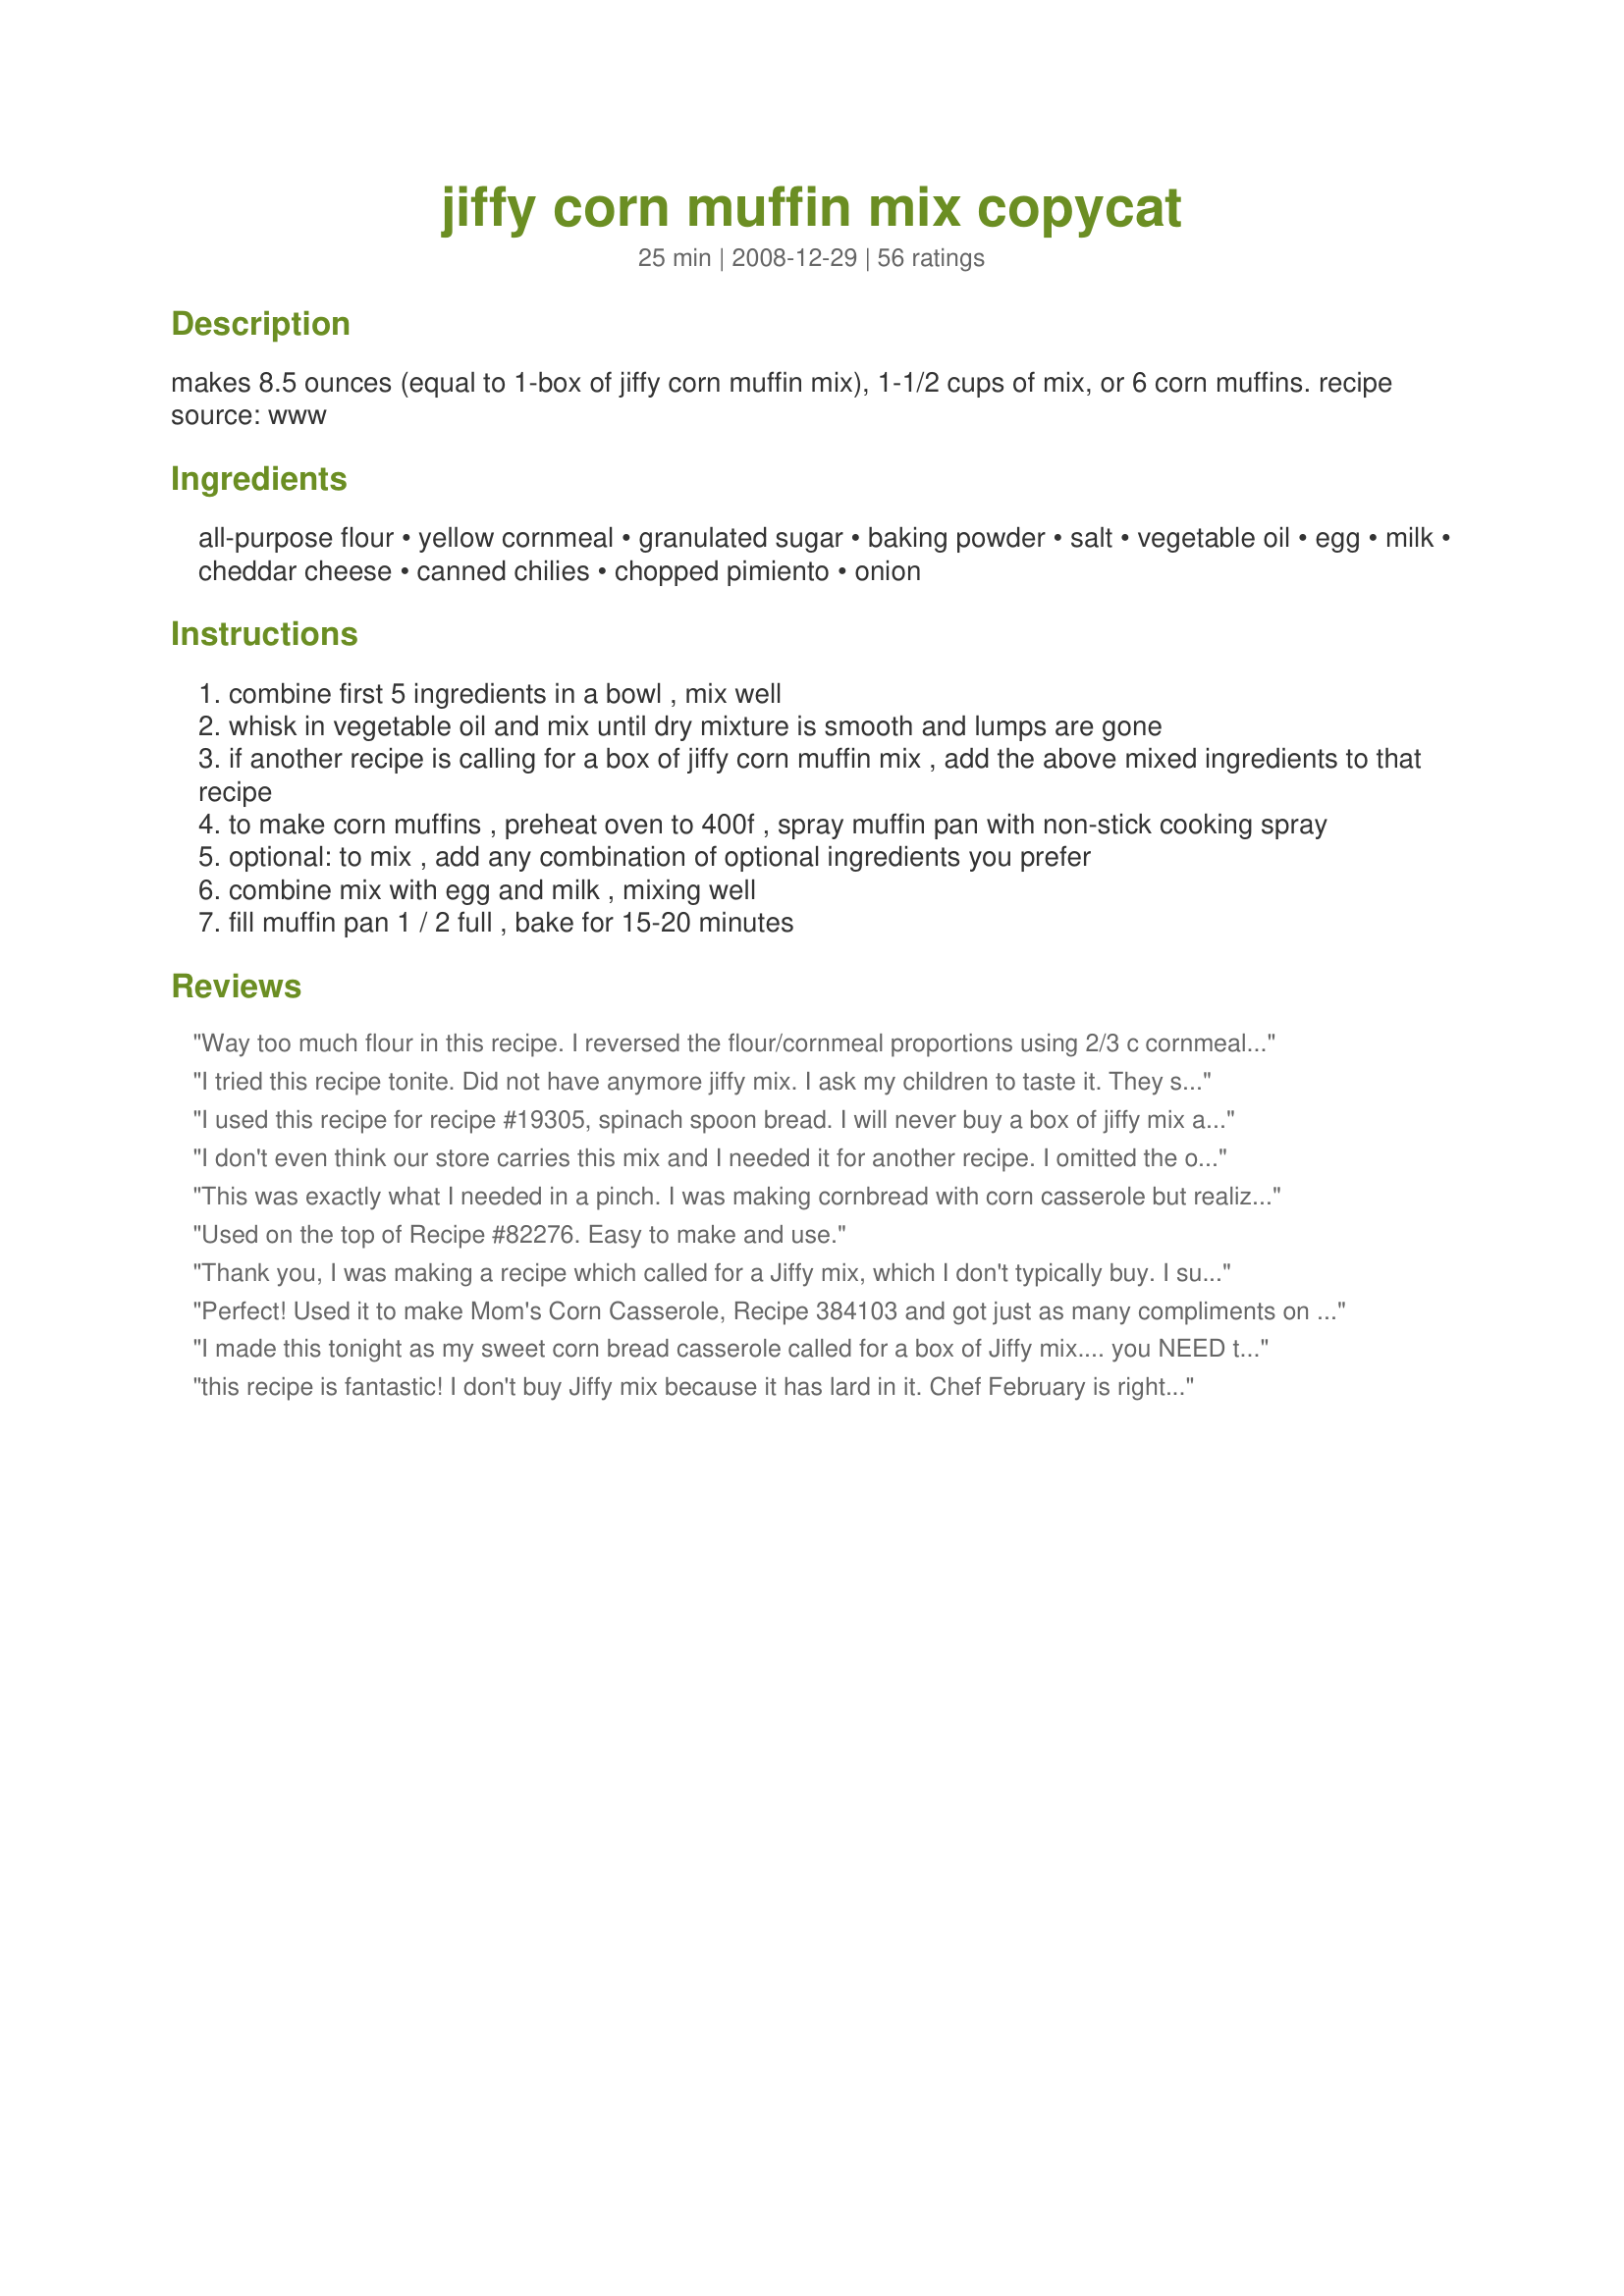
jiffy corn muffin mix copycat
Preparation time: 25 minutes

makes 8.5 ounces (equal to 1-box of jiffy corn muffin mix), 1-1/2 cups of mix, or 6 corn muffins.
recipe source: www

Ingredients:
all-purpose flour, yellow cornmeal, granulated sugar, baking powder, salt, vegetable oil, egg, milk, cheddar cheese, canned chilies, chopped pimiento, onion

Steps:
combine first 5 ingredients in a bowl , mix well
whisk in vegetable oil and mix until dry mixture is smooth and lumps are gone
if another recipe is calling for a box of jiffy corn muffin mix , add the above mixed ingredients to that recipe
to make corn muffins , preheat oven to 400f , spray muffin pan with non-stick cooking spray
optional: to mix , add any combination of optional ingredients you prefer
combine mix with egg and milk , mixing well
fill muffin pan 1 / 2 full , bake for 15-20 minutes

Reviews:
Way too much flour in this recipe. I reversed the flour/cornmeal proportions using 2/3 c cornmeal and scant 1/2 c AP flour. Next time I'm going to bump the cornmeal up 1 cup and drop the AP flour back 1/4 cup and see if that makes it into Jiffy nirvana. This time was REALLY close. I increased the sugar to 4 T (1/4 cup) and added a little extra milk to thin the batter. Having a Southern cook for a mother I know to always start my pan in a cold oven with 1-2 T butter and melt the butter in the pan while the oven is preheating. Take your baking pan out as soon as the butter is melted or it will burn. Pour your Jiffy mix into the melted butter and bake in oven as usual. The butter makes for extra brown bottoms that taste heavenly. It also helps with complaints of dryness. This recipe was a place to start but it needed more help.
I tried this recipe tonite. Did not have anymore jiffy mix. I ask my children to taste it. They said wow what brand you use because you need to get this more offend. I laugh and told them I use this recipe. They said it was awesome. And that it taste better than jiffy mix. So now I got to make another Pan. Lol! Thanks Najwa!
I used this recipe for recipe #19305, spinach spoon bread. I will never buy a box of jiffy mix again! I did cut back the sugar to 2T but it still seemed too sweet so next time I'll use only 1T. Now I want to make some muffins! Thanks
I don't even think our store carries this mix and I needed it for another recipe. I omitted the oil since I was not making muffins.
Worked great . Thanks for posting
This was exactly what I needed in a pinch. I was making cornbread with corn casserole but realized I didn&#039;t have a box of jiffy mix. Thank you
Used on the top of Recipe #82276. Easy to make and use.
Thank you, I was making a recipe which called for a Jiffy mix, which I don't typically buy. I substituted your recipe and it turned out perfectly.
Perfect! Used it to make Mom's Corn Casserole, Recipe 384103 and got just as many compliments on it as I do when I make it with Jiffy. Can't wait to try it out making actual corn muffins. Thanks for sharing!!
I made this tonight as my sweet corn bread casserole called for a box of Jiffy mix.... you NEED to add the 2 TB of oil even if you are not making muffins ... the oil gives the Jiffy mix its soft texture... it is not oily, trust me on this. I rate it 5 stars it came out perfect!
this recipe is fantastic! I don't buy Jiffy mix because it has lard in it. Chef February is right! Be sure to add the oil no matter what your making
This copycat was right on! Even as inexpensive as Jiffy is, this is even more economical! I'll be making dry batches to store in the pantry for even more ease! Thanks for posting!!!
Tried this twice now and the first time it was way too dry and crumbly making it as is. This time I tripled the recipe to cook in my cast iron skillet. The mix seemed dry so I added an additional 1/2 cup milk which seemed to help but it was still pretty crumbly when it finished after 22 minutes. It is almost like Jiffy Mix but I think I'll add an extra egg next time I triple it. I prefer a moister cornbread and I think that adjustment will do it. Even as it turned out this time, my son & I enjoyed it with lots of butter to combat the dryness and crumbliness. Perhaps next time I can say it's a five star recipe. As is would be great with chili or something cooked with it. Thanks for a basic start that I can make work for us!
I found this recipe after my grandma gave me a ten pound bag of cornmeal. I am so thankful, this is wonderful. It's great with chili or soul food. I made a great mistake with regular Jiffy that I do with this now. I double the milk and it's not so dry, more moist. This is a definite keeper.
Works as advertised as a substitute for the box mix. I made a double batch to make a double batch of Recipe #337974 and it worked as good if not better. In fact I printed this recipe on the back of the other just so I would have it handy just in case I need it.
Fabulous 5 minute recipe! No need for the box!
I needed a box of Jiffy to use in Recipe #343195. This worked out great! I loved how tender it was and it didn't have a "packaged" flavor. I will definitely use this again. Thanks najwa, for another terrific recipe.
Roxygirl
It was extremely dry and still lacked the flavor. The 3rd time I made it (just in case I missed something I always try a recipe 2 times) I did 1/2 cup milk, 1/2 and 1/3 cup of corn meal (yellow) and 1/3 cup of flour, added more salt (totaling 1 tsp) and for good measure about 4.5 tbs sugar. This recipe made me think of the sweet, cornbreadish recipe I love from Jiffy! The recipe calls for way more flour than cornmeal (taste wise) not recipe wise.
Perfect!
Thanks to My-3-Chefs June 2012 I picked this recipe to try.<br/><br/>This was a nice corn muffin mix. For us we felt it needed something to it. On my second attemp on this recipe I chose to add maple syrup which made out turn our better.
I have been using this for a time now and love it. I found that it fits in a mason jar, I do not add the oil if I am going to be putting it in back stock. Now that it is winter I will be making up some to put in my back stock, to have to make with Chili and Navy Bean soup.
Excellent! 5 star rating from me! I don't know if this recipe yields 6 LARGE muffins, but a box of Jiffy very generally yields 12 regular sized muffins for my aunt. I rarely use Jiffy mix, but I will use this copycat when my brother visits. He LOVES Jiffy cornbread. I will be baking another batch, I usually sprinkle the tops with sugar prior to baking.
I love this recipe for my corn casserole. On the occasion I need to make an adjustment and go gluten free for visiting family members. I substitute the all purpose flour with all purpose gluten free flour (same amount) and add 1 1/2 teaspoons of xanthan gum. It's perfect everytime, and saves me a trip to the store.
Loved these, I did add a little more milk because the batter did seem a little dry.
Worked great! I won't buy Jiffy mixes, they're full of lard which may even be hydrogenated. Blech. It's great to find a healthy alternative with ingredients I can pronounce. Used this is recipe #78274 with good results. Thanks for sharing the recipe!
You are one of my 'zaar heroes! I never buy Jiffy mix, because I make corn muffins from scratch, but found a recipe that used it. This is spot on as far as flavor, and 5 star ease. It did take quite a bit of whisking to get the oil mixed in, but again, nothing complicated. Thanks for the great recipe! My husband can't wait to get some blueberries, as the blueberry Jiffy is his favorite...
I used this recipe solely for the dry ingredients of &quot;Jiffy Mix&quot;. It was a great substitute to use in a recipe for corn casserole. Thank you Najwa!
We are not able to buy Jiffy where I live...so found yours and it worked liked a charm. I used this in "recipe #413056"...and it turned out just great. I also reduced the sugar to 1 1/2 tbsp as I was serving it with a fish chowder. So now I can make baked corndogs for the children. Fast and easy to put together. Thank you for sharing.
WOW, tasted just like the real thing. Can make it as sweet as you want it by adusting the sugar. I made this tonite cuz I was out of the Jiffy box mix. Won't be using that anymore! Served with #87433, WW Texas Chili over brown rice.
I made your recipe for the Jiffy corn muffin mix , made true to the recipe and doubled it and baked it in my cast iron pan .It tasted just like the box stuff my family loved it ,no more buying the mix for me i'll just keep this recipe handy , thanks for a great recipe ! Wilma
Great copycat recipe. I am from Alberta, Canada and I haven't been able to find Jiffy Mix anywhere in my city. I had bought some when I was down in Phoenix and absolutely love the Jiffy Mix and when I ran out I went in search of a good alternative and this is it. Thanks.
I have made this multiple times now, to answer how much for a 9x13 I personally triple the recipe.. And for that I use 3/4 c sugar also.. The milk needs to be increased for the recipe by a quarter cup (for single batch).. Over all good though =)
I loved the simplicity of this recipe, it was almost as easy as using a box of Jiffy...seriously! I think next time I will use melted butter instead of the oil just to add a little more flavor because why not!! Everything is better with butter, right?!
Excellent! What more could you wish for?
1/3 c. of sugar is WAY too much. Should've been 3 T.
It was good but a little dry and I followed the recipe exactly. I will make it again but not before I find out how to make it moist like Jiffy.
You actually need a half a cup of milk or the recipe is way too dry.
I tried this recipe today and made the Chili Cheese Pie from this site and it was very delicious!<br/>I just cut the sugar ammount to half and it was perfection. I've never used the Jiffy Corn Muffin mix but this cornbread is worderful. Fluffy, light, very yummy! Hubby was so happy with the pie and there wasn't much left of it. I served it w/ endive & tomato salat. Thank you for sharing.
I used this to make Recipe #105169 and it worked out fabulously! The cornbread crust came out fluffy and moist and just plain yummy. I left out the sugar and the oil and still this was super good! THANK YOU SO MUCH for sharing such a keeper with us, najwa!
I used white cornmeal instead of yellow, and added butter instead of oil. Came out great, and the butter gave it a little yellow color.
Found brown beans in the freezer and made a batch of these to go with them for lunch today, and it was great. I was afraid of putting that much sugar in so skimped on sugar, but won't next time. Loved the texture. My son just hid the rest of the pan to finish off before anyone else found them!
Just tried this tonight for dinner since I was out of the regular box kind. I don't think it tastes just like Jiffy. I needed to add additional milk just to make the ingredients wet enough to mix. I baked this in a 9" square pan but should have made it in something smaller because it was too thin once baked. It was okay -- I'd make it again.
Thank you so much for posting this! We don&#039;t have jiffy corn muffin mix where i live. Now i can make the recipe i was planning for my dinner party tomorrow night!
I consider myself a pretty good cook but I&#039;ve never been able to make good corn bread. My family hides whenever I try a new recipe. But no more! I made this corn bread the other night and they loved it! No more box mixes for us. Thank you so much!
Mmmmmm! Yumm-O! Such an easy recipe. All ingredients are on hand & it's so quick to whip up a batch of these delicious corn muffins. Call me crazy, most people I've met do, but I like to eat cornbread with syrup on it so I made these for a little afternoon treat & they were a big hit with my family. I greased my muffin tin with Kittencal's Recipe #78579 & then made up the mix. That's when I realized I'd greased all 12 instead of only 6 of the muffin cups! So I quickly doubled the recipe to make 12 & they are wonderful! Thanks for sharing, najwa! Made for New Kids on the Block tag game.
I thought this was excellent. I eliminated all the salt and did not feel like it affected the end result or flavor at all. The total volume seemed to be a little greater than the box of Jiffy that I am used to. It is nice to have a backup plan when I don&#039;t have the box mix.
I tried this today just out of curiosity. I am giving it 5 stars just because it is "that good". However, as long as Jiffy Mix is still well under 50 cents per box, I think I'm gonna stick with it! It's great to know that an alternative is out there should I run out of JM boxed stuff. Thanks for posting the recipe!
I have used your recipe for years, as I make all we eat from scratch. My husband, a devoted Jiffy lover, was won over the first time. I use fresh ground sprouted wheat, masa corn flour, and stevia for the flour, cornmeal, and sugar. The only major change has been the need to increase the water amount (I always eye-ball it)-- then it bakes up beautifully. Today I had to make it egg and dairy free so I subbed bacon grease for the oil, coconut milk for the milk, and 1Tbl ground flax and 3Tbl water for the egg. Again, it was scrumptious. Thank you for posting.
Saved me a trip to the grocery store and gave me a reason to try milling my own corn meal. If you have a Vitamix dry blender you can toss popcorn in it and mill your own corn meal. Appreciate the recipe, as it is so much easier to keep basic ingredients on hand and make up what is needed at the time of need. Worked great for the corn pudding recipe I used it in (that recipe is also on this site).
Terrible. Far too dry, and did not even remotely resemble Jiffy cornbread mix. I noted that most of the &quot;5 star&quot; reviewers all doctored the recipe substantially. I wish that I had taken the time to delve more deeply into the reviews before making this.
Oh Yummy! So good. The only thing I did different was add a little bit more milk, but only because I was making cornbread and not muffins. Still turned out fantastic and tasted awesome. Right on for that Jiffy taste.
My daughter loves Jiffy mix cornbread.. My husband and I are more old fashioned and like the white non sugary kind.. My mother made the Jiffy mix for Christmas and my 13 is addicted. I do have a problem with buying box things.. So when I typed in jiffy copycat and your recipe came up figured why not try it.. Well I AM SO GLAD I DID!!!!! Daughter demolished the pan of muffins.. everyone who hasn't tried the muffins yet.. oh dooooo! Thank you for posting a simple easy alternative that pleases the pickiest eaters.. lol
This was the best - I used it in Jiffy Scalloped Corn Casserole. I think I will use less suger the next time I make the casserole, but can't wait to try the muffins exactly as written. Thanks so much for the recipe.

Just wanted to add that I made plain corn muffins exactly as written and they were very good. No more Jiffy Mix for me.
Excellent copycat. I'm in Germany and can't get Jiffy, so this was a taste of home for me. I found it to be a tad sweet, but otherwise, it was dead on. Thanks a ton!
Easy and tasted great. Just added about 1T milk as seemed a bit too thick. Never cared for sweet cornbread so reduced sugar by half (just my preference) and was perfect for me.
A little on the sweet side, even for &quot;Jiffy&quot;.....and too dry. As written with dry ingredients, needs about a half cup of milk. Texture and flavor are otherwise spot on. I have also made with bread flour and 1/3 cup of buttermilk (adding enough whole milk to equal a half cup milk, total) for finer consistency. Both ways are delicious!
I made this on the weekend and we all enjoyed the flavour. They were great right out of the oven however they were quite dry after they cooled off. I think that I will try them again with some of the add ins and hopefully they will be moister.
